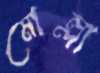
মোল্লা